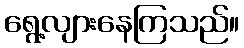
ရွေ့လျားနေကြသည်။